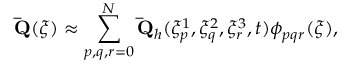
\mathbf { \bar { Q } } ( \xi ) \approx \sum _ { p , q , r = 0 } ^ { N } \mathbf { \bar { Q } } _ { h } ( \xi _ { p } ^ { 1 } , \xi _ { q } ^ { 2 } , \xi _ { r } ^ { 3 } , t ) \phi _ { p q r } ( \xi ) ,